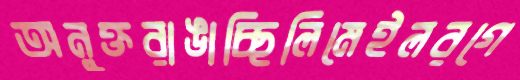
অনুক্তরাঙাচ্ছিলিমেইলরগে